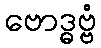
ဗောဒ္ဓဗ္ဗံ